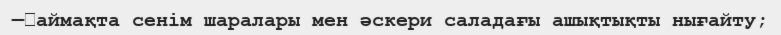
—	аймақта сенім шаралары мен әскери саладағы ашықтықты нығайту;